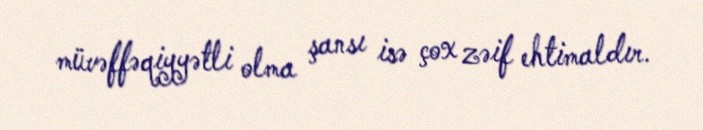
müvəffəqiyyətli olma şansı isə çox zəif ehtimaldır.